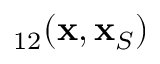
{ \bf \Gamma } _ { 1 2 } ( { \bf x } , { \bf x } _ { S } )